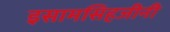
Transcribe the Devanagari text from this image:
इसामसिहजीनी